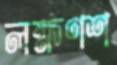
লক্ষণশ